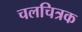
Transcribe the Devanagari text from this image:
चलचित्रक